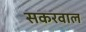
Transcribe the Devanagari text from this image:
सकरवाल